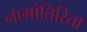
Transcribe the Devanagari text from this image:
नामांतिरिता